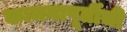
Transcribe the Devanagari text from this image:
कामनापूर्तीची